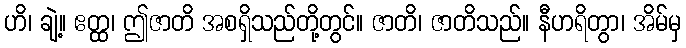
ဟိ၊ ချဲ့။ ဧတ္ထ၊ ဤဇာတိ အစရှိသည်တို့တွင်။ ဇာတိ၊ ဇာတိသည်။ နီဟရိတွာ၊ အိမ်မှ